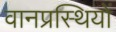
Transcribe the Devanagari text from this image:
वानप्रस्थियों